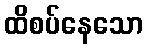
ထိစပ်နေသော